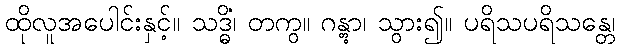
ထိုလူအပေါင်းနှင့်။ သဒ္ဓိံ၊ တကွ။ ဂန္တွာ၊ သွား၍။ ပရိသပရိသန္တေ၊